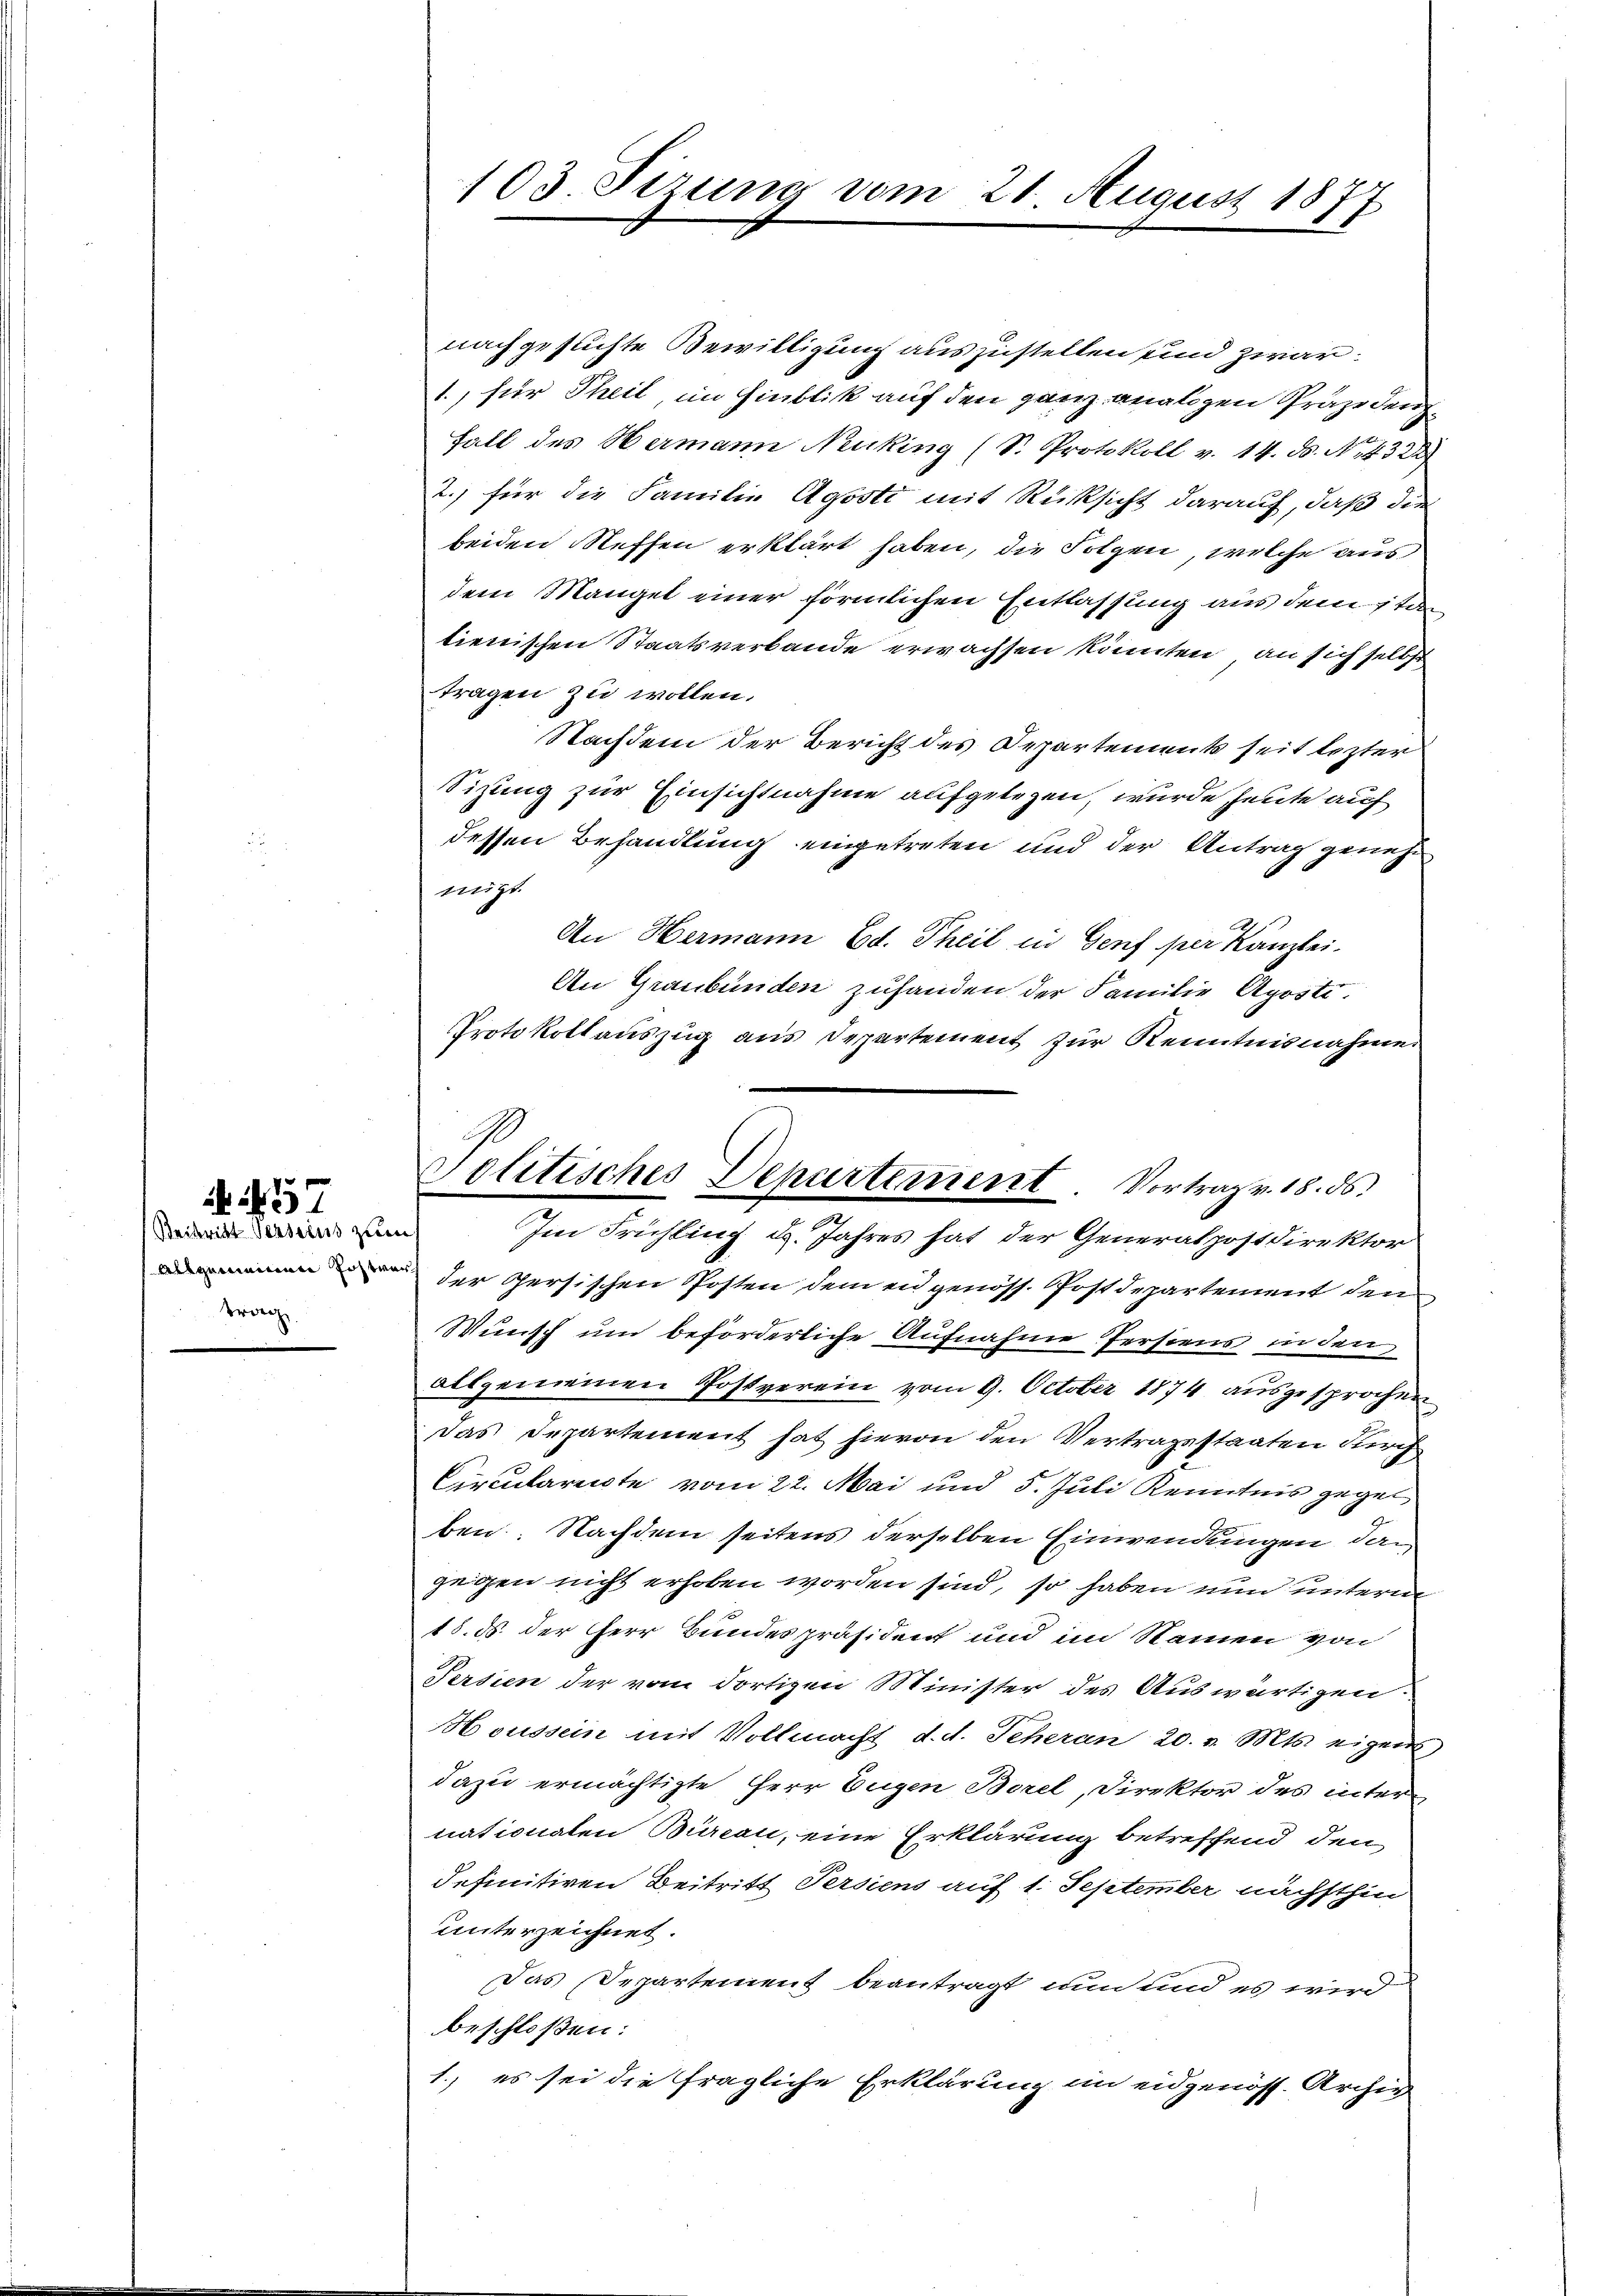
Beitritt Verseins zum
trag

N. 57

103. Sizung vom 21. August 1877

Politisches Departement. Vortrag v. 18. 56.
Im Frühling d. Jahres hat der Generalpostdirektor

nachgesuchte Bewilligung auszustellen und zwar
1., für Theil, im Hinblik auf den ganz analigen Präze den¬
Fall des Hermann Necking (S. Protokoll v. 14. ds. N. 4322
2.) für die Familie Agosti mit Rücksicht darauf, daß die
beiden Neffen erklärt haben, die Folgen, welche aus
dem Mangel einer förmlichen Entlassung aus dem stan
tienischen Staatsverbande erwachsen könnten, an sich selbst
tragen zu wollen.
Nachdem der Bericht des Departements seit lezter
Sitzung zur Einsichtnahme aufgelegen, wurde heute auf
dessen Behandlung eingetreten und der Antrag genehm
nügt.
An Hermann Ed. Theil in Genf per Kanzlei-
An Graubünden zuhanden der Familie Aposti.
Protokollauszug aus Departement zur Kenntnisnahmen
der Persischen Posten dem eidgenöss. Postdepartement den
Wunsch um beförderliche Aufnahme Perstens in den
allgemeinen Postverein vom 9. October 1874 ausgesprochen
Das Departement hat hievon den Vertragsstaaten durch
Circularente vom 22. Mai und 5. Juli Kenntnis gegen
ben: Nachdem seitens derselben Einwendungen dan
gegen nicht erhoben worden sind, so haben und unterm
18. ds. der Herr Bundespräsident und im Namen von
Persien der vom dortizen Minister des Auswärtigen
Houssein mit Vollmacht d. d. Scheran 20. v. Mts. eigens
dazu ermächtigte Herr Eugen Borel, Direktor des inter
nationalen Bureau, eine Erklärung betreffend den
definitiven Beitritt Persiens auf 1. September nächsthin
unterzeichnet.
Das Departement beantragt nun und es wird
beschloßen:
1., es sei die fragliche Erklärung im eidgenöss. Archiv